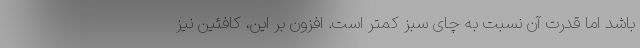
باشد اما قدرت آن نسبت به چای سبز کمتر است. افزون بر این، کافئین نیز